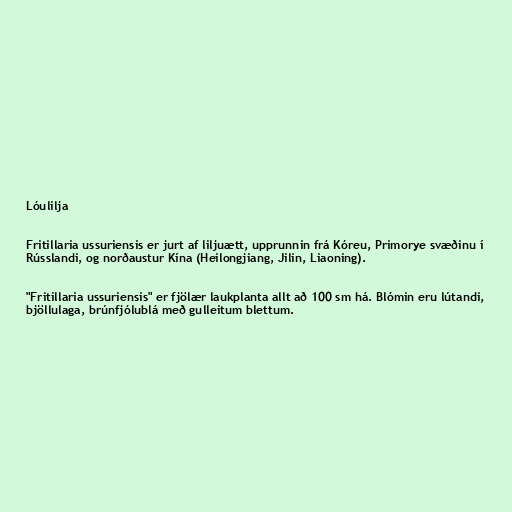
Lóulilja

Fritillaria ussuriensis er jurt af liljuætt, upprunnin frá Kóreu, Primorye svæðinu í
Rússlandi, og norðaustur Kína (Heilongjiang, Jilin, Liaoning).

"Fritillaria ussuriensis" er fjölær laukplanta allt að 100 sm há. Blómin eru lútandi,
bjöllulaga, brúnfjólublá með gulleitum blettum.